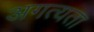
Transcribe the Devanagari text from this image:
अगत्यता